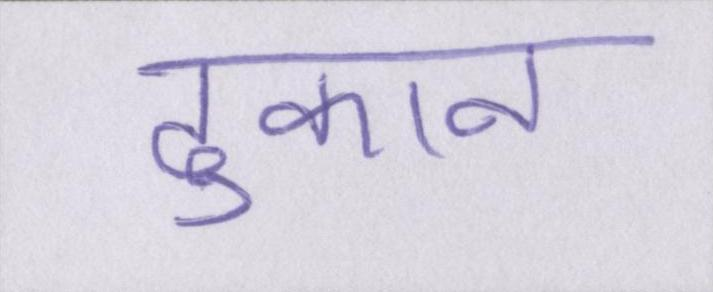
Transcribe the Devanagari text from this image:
दुकान